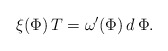
\begin{align*}\xi(\Phi)\,T = \omega'(\Phi)\,d\,\Phi.\end{align*}